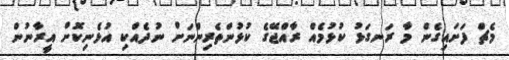
މެޗް ފަށައިގެން މާ ރަނގަޅު ކުޅުމެއް ރާއްޖޭގެ ކުޅުންތެރިންނަށް ނުދެއްކި އުޅެނިކޮށް އީރާނުން